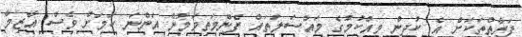
ފަރާތްތަކަށް އެ ކުދިން ވިއްކުމުގެ މައްސަލަތައް ފެންމަތިވަމުން އަންނަ ކަމަށް ވެސް އާޒިމާ